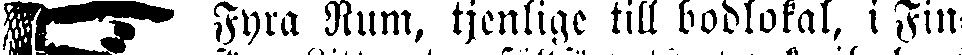
☞ Fyra Rum, tjenlige till bodlokal, i Fin